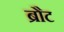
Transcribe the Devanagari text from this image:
ब्रौट